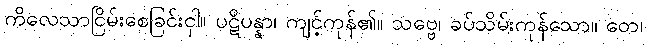
ကိလေသာငြိမ်းစေခြင်းငှါ။ ပဋိပန္နာ၊ ကျင့်ကုန်၏။ သဗ္ဗေ၊ ခပ်သိမ်းကုန်သော။ တေ၊